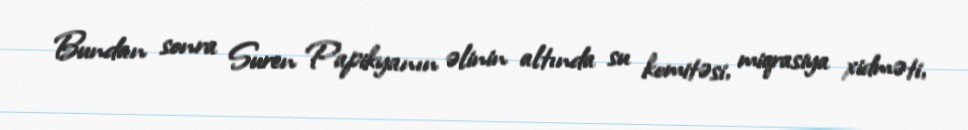
Bundan sonra Suren Papikyanın əlinin altında su komitəsi, miqrasiya xidməti,